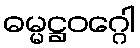
ဓမ္မဋ္ဌဝဂ္ဂေါ